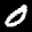
Label: 0